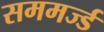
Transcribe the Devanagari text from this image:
सममर्ज्ड